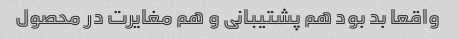
واقعا بد بود هم پشتیبانی و هم مغایرت در محصول